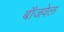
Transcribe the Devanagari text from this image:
बॉजवेल